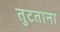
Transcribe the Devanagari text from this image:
तुटताना